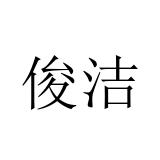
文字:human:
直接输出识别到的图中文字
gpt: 俊洁